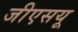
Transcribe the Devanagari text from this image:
जीएसयू